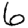
Digit: 6